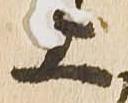
上